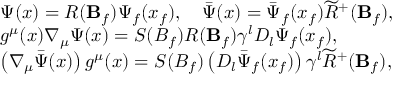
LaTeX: \begin{array} { l } { { \Psi ( x ) = R ( { \bf B } _ { f } ) \Psi _ { f } ( x _ { f } ) , \quad \bar { \Psi } ( x ) = \bar { \Psi } _ { f } ( x _ { f } ) \widetilde { R } ^ { + } ( { \bf B } _ { f } ) , } } \\ { { g ^ { \mu } ( x ) \nabla _ { \mu } \Psi ( x ) = S ( B _ { f } ) R ( { \bf B } _ { f } ) \gamma ^ { l } D _ { l } \Psi _ { f } ( x _ { f } ) , } } \\ { { \left( \nabla _ { \mu } \bar { \Psi } ( x ) \right) g ^ { \mu } ( x ) = S ( B _ { f } ) \left( D _ { l } \bar { \Psi } _ { f } ( x _ { f } ) \right) \gamma ^ { l } \widetilde { R } ^ { + } ( { \bf B } _ { f } ) , } } \end{array}